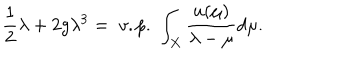
\frac 1 2 \lambda + 2 g \lambda ^ { 3 } = \; v . p . \; \int _ { X } \frac { u ( \mu ) } { \lambda - \mu } d \mu .